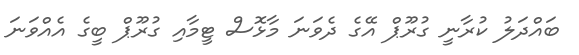
ބައްދަލު ކުރާނީ ގުރޫޕް އޭގެ ދެވަނަ މާޅޮސް ޓީމާއި ގުރޫޕް ބީގެ އެއްވަނަ